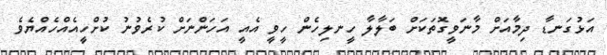
އަޅުގަނޑާ ދިމާއަށް މާނަވީގޮތަކަށް ބަލާލާ ހީނލިހެން ހީވީ އެއީ އަހަންނަށް ކުރެވުނު ކުށްހީއެއްހެއްޔެވެ